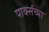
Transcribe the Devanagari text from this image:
पार्क्सच्या